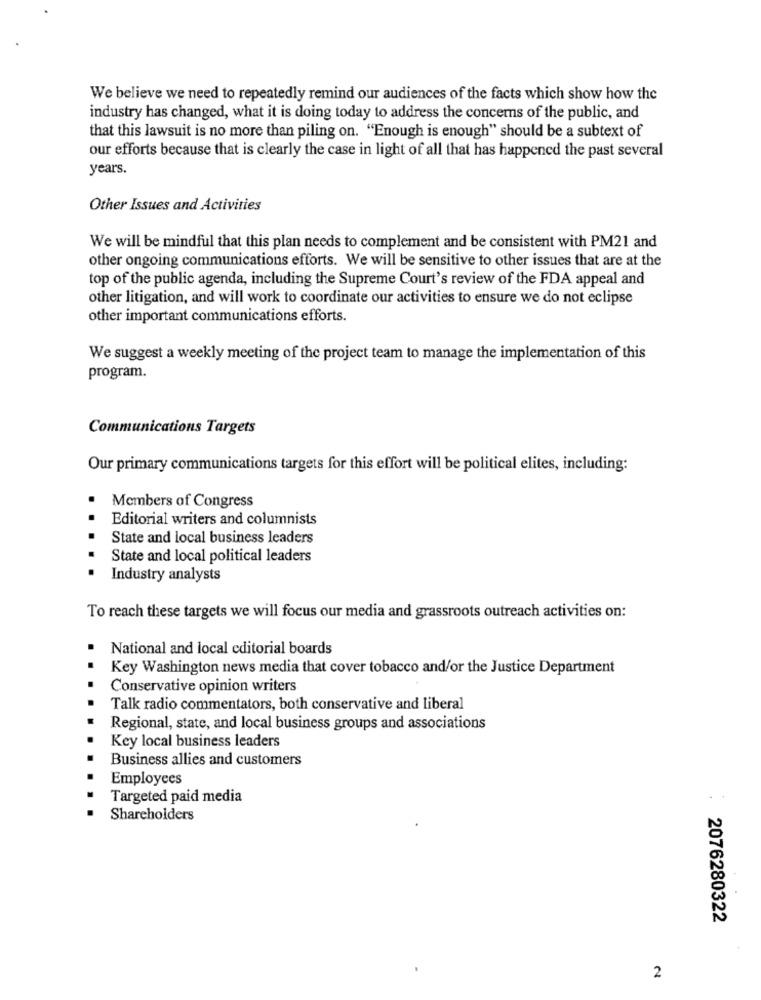
We believe we need to repeatedly remind our audiences of the facts which show how the
industry has changed, what it is doing today to address the concerns of the public, and
that this lawsuit is no more than piling on. "Enough is enough" should be a subtext of
our efforts because that is clearly the case in light of all that has happened the past several
years.
Other Issues and Activities
We will be mindful that this plan needs to complement and be consistent with PM21 and
other ongoing communications efforts. We will be sensitive to other issues that are at the
top of the public agenda, including the Supreme Court's review of the FDA appeal and
other litigation, and will work to coordinate our activities to ensure we do not eclipse
other important communications efforts.
We suggest a weekly meeting of the project team to manage the implementation of this
program.
Communications Targets
Our primary communications targets for this effort will be political elites, including:
Members of Congress
Editorial writers and columnists
State and local business leaders
State and local political leaders
Industry analysts
To reach these targets we will focus our media and grassroots outreach activities on:
National and local editorial boards
Key Washington news media that cover tobacco and/or the Justice Department
Conservative opinion writers
Talk radio commentators, both conservative and liberal
Regional, state, and local business groups and associations
Key local business leaders
Business allies and customers
Employees
Targeted paid media
Shareholders
2076280322
2